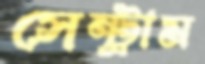
সেন্ট্রাম